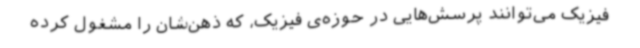
فیزیک می‌توانند پرسش‌هایی در حوزه‌ی فیزیک، که ذهن‌شان را مشغول کرده